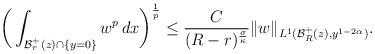
LaTeX: \begin{align*}\bigg(\int_{\mathcal B^+_{r}(z)\cap \{y=0\}}w^{p}\,dx\bigg)^{\frac 1p}\leq \frac C{(R-r)^{\frac\sigma\kappa}}\|w\|_{L^1(\mathcal B^+_{R}(z),y^{1-2\alpha})}.\end{align*}